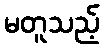
မတူသည့်